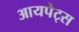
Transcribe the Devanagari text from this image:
आयपेट्स